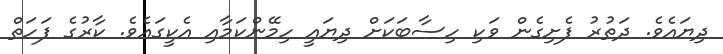
ދިޔައެވެ. ދަތުރު ފެށިގެން ވަކި ހިސާބަކަށް ދިޔައީ ހިމޭންކަމާއި އެކީގައެވެ. ކާރުގެ ފަހަތް